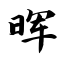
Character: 晖